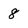
Character: 8